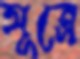
সূত্রে